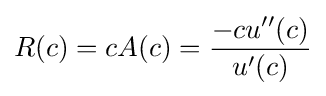
R(c)=cA(c)={\frac {-cu''(c)}{u'(c)}}